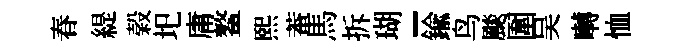
春緹榖圯庸鳌煕菴馬拆瑚-鍮鸟颷圍吴囀恤